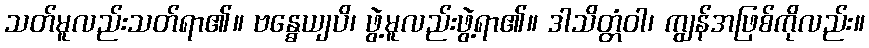
သတ်မူလည်းသတ်ရာ၏။ ဗန္ဓေယျပိ၊ ဖွဲ့မူလည်းဖွဲ့ရာ၏။ ဒါသိတ္တံဝါ၊ ကျွန်အဖြစ်ကိုလည်း။